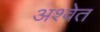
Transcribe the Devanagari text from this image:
अश्‍वेत